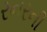
રનરની